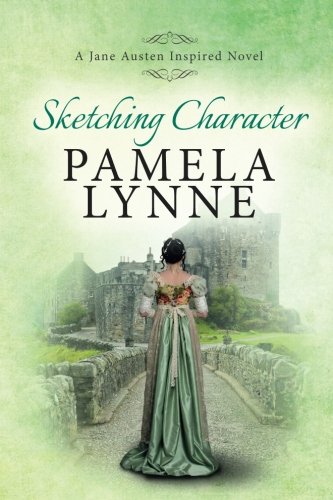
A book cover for Sketching Character: A Jane Austen Inspired Novel; Pamela Lynne; Romance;